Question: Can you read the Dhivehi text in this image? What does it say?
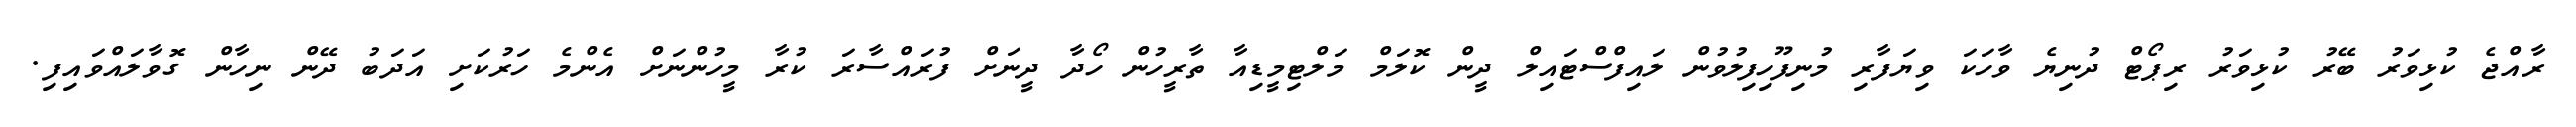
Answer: ރާއްޖެ ކުޅިވަރު ބޭރު ކުޅިވަރު ރިޕޯޓް ދުނިޔެ ވާހަކަ ވިޔަފާރި މުނިފޫހިފިލުވުން ލައިފްސްޓައިލް ދީން ކޮލަމް މަލްޓިމީޑިއާ ތާރީހުން ހޯދާ ދީނަށް ފުރައްސާރަ ކުރާ މީހުންނަށް އެންމެ ހަރުކަށި އަދަބު ދޭން ނިހާން ގޮވާލައްވައިފި.